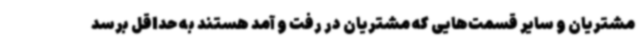
مشتریان و سایر قسمت‌هایی که مشتریان در رفت و آمد هستند به حداقل برسد